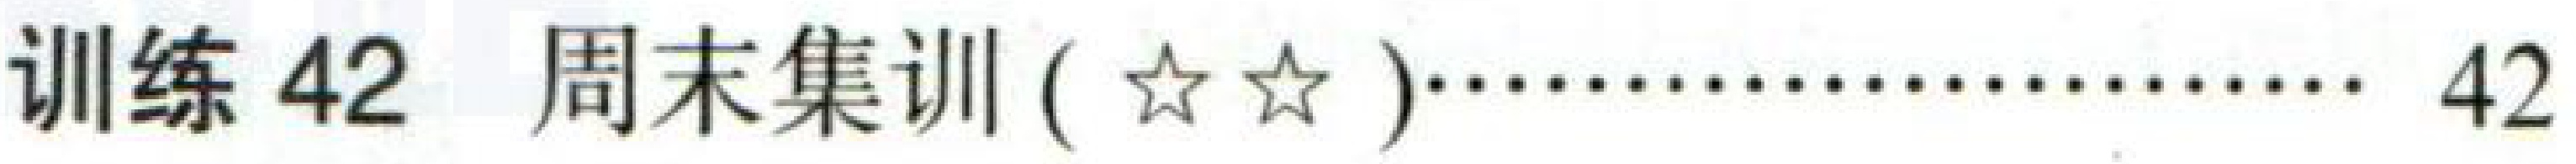
训练42 周末集训(☆☆)……………… 42